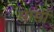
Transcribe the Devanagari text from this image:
सार्सी